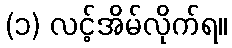
(၁) လင့်အိမ်လိုက်ရ။